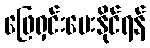
ဖြေရှင်းပေးနိုင်ရန်